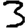
Digit: 3